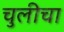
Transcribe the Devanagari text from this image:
चुलीचा